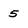
Character: 5